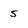
Character: 5